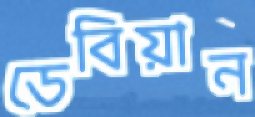
ডেবিয়ান